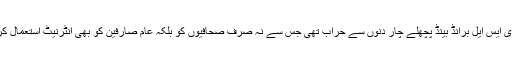
چترال(گل حماد فاروقی) چترال میں ڈی ایس ایل برانڈ بینڈ پچھلے چار دنوں سے حراب تھی جس سے نہ صرف صحافیوں کو بلکہ عام صارفین کو بھی انٹرنیٹ استعمال کرنے میں نہایت مشکلات کا سامنا تھا۔